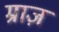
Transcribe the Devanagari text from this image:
म्राज़